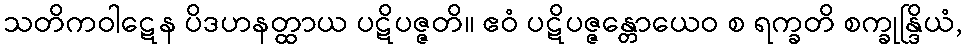
သတိကဝါဋေန ပိဒဟနတ္ထာယ ပဋိပဇ္ဇတိ။ ဧဝံ ပဋိပဇ္ဇန္တောယေဝ စ ရက္ခတိ စက္ခုန္ဒြိယံ,